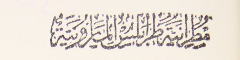
مطرانية طرابلس المارونية